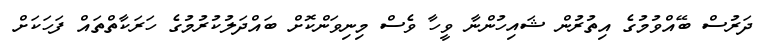
ދަރުސް ބޭއްވުމުގެ އިތުރުން ޝައިހުންނާ ވީހާ ވެސް މިިނިވަންކޮށް ބައްދަލުކުރުމުގެ ހަރަކާތްތައް ފަހަކަށް